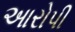
આરોપી